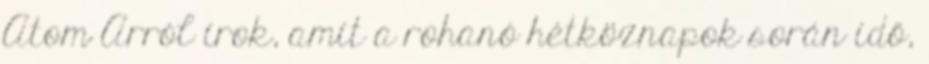
Atom Arról írok, amit a rohanó hétköznapok során idő,